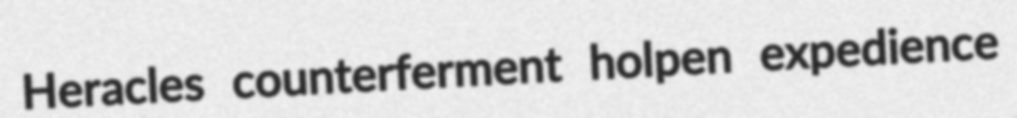
Heracles counterferment holpen expedience